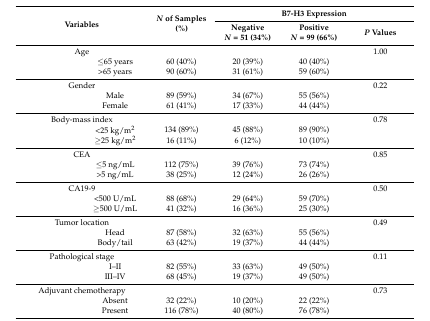
<table><thead><tr><td rowspan="2" colspan="2"><b>Variables</b></td><td rowspan="2"><b><i>N</i> of Samples (%)</b></td><td colspan="3"><b>B7-H3 Expression</b></td></tr><tr><td><b>Negative<i>N</i> = 51 (34%)</b></td><td><b>Positive<i>N</i> = 99 (66%)</b></td><td><b><i>P</i> Values</b></td></tr></thead><tbody><tr><td colspan="2">Age</td><td></td><td></td><td></td><td>1.00</td></tr><tr><td></td><td>≤65 years</td><td>60 (40%)</td><td>20 (39%)</td><td>40 (40%)</td><td></td></tr><tr><td></td><td>&gt;65 years</td><td>90 (60%)</td><td>31 (61%)</td><td>59 (60%)</td><td></td></tr><tr><td colspan="2">Gender</td><td></td><td></td><td></td><td>0.22</td></tr><tr><td></td><td>Male</td><td>89 (59%)</td><td>34 (67%)</td><td>55 (56%)</td><td></td></tr><tr><td></td><td>Female</td><td>61 (41%)</td><td>17 (33%)</td><td>44 (44%)</td><td></td></tr><tr><td colspan="2">Body-mass index</td><td></td><td></td><td></td><td>0.78</td></tr><tr><td></td><td>&lt;25 kg/m<sup>2</sup></td><td>134 (89%)</td><td>45 (88%)</td><td>89 (90%)</td><td></td></tr><tr><td></td><td>≥25 kg/m<sup>2</sup></td><td>16 (11%)</td><td>6 (12%)</td><td>10 (10%)</td><td></td></tr><tr><td colspan="2">CEA</td><td></td><td></td><td></td><td>0.85</td></tr><tr><td></td><td>≤5 ng/mL</td><td>112 (75%)</td><td>39 (76%)</td><td>73 (74%)</td><td></td></tr><tr><td></td><td>&gt;5 ng/mL</td><td>38 (25%)</td><td>12 (24%)</td><td>26 (26%)</td><td></td></tr><tr><td colspan="2">CA19-9</td><td></td><td></td><td></td><td>0.50</td></tr><tr><td></td><td>&lt;500 U/mL</td><td>88 (68%)</td><td>29 (64%)</td><td>59 (70%)</td><td></td></tr><tr><td></td><td>≥500 U/mL</td><td>41 (32%)</td><td>16 (36%)</td><td>25 (30%)</td><td></td></tr><tr><td colspan="2">Tumor location</td><td></td><td></td><td></td><td>0.49</td></tr><tr><td></td><td>Head</td><td>87 (58%)</td><td>32 (63%)</td><td>55 (56%)</td><td></td></tr><tr><td></td><td>Body/tail</td><td>63 (42%)</td><td>19 (37%)</td><td>44 (44%)</td><td></td></tr><tr><td colspan="2">Pathological stage</td><td></td><td></td><td></td><td>0.11</td></tr><tr><td></td><td>I–II</td><td>82 (55%)</td><td>33 (63%)</td><td>49 (50%)</td><td></td></tr><tr><td></td><td>III–IV</td><td>68 (45%)</td><td>19 (37%)</td><td>49 (50%)</td><td></td></tr><tr><td colspan="2">Adjuvant chemotherapy</td><td></td><td></td><td></td><td>0.73</td></tr><tr><td></td><td>Absent</td><td>32 (22%)</td><td>10 (20%)</td><td>22 (22%)</td><td></td></tr><tr><td></td><td>Present</td><td>116 (78%)</td><td>40 (80%)</td><td>76 (78%)</td><td></td></tr></tbody></table>